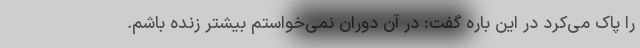
را پاک می‌کرد در این باره گفت: در آن دوران نمی‌خواستم بیشتر زنده باشم.